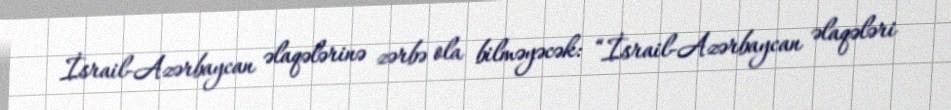
İsrail-Azərbaycan əlaqələrinə zərbə ola bilməyəcək: “İsrail-Azərbaycan əlaqələri